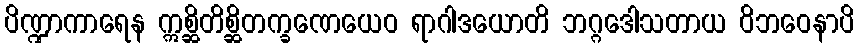
ပိဏ္ဍာကာရေန ဣစ္ဆိတိစ္ဆိတက္ခဏေယေဝ ရာဂါဒယောတိ ဘဂ္ဂဒေါသတာယ ဝိဘဝေနာပိ